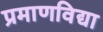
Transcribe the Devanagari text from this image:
प्रमाणविद्या